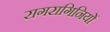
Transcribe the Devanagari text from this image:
रागरागिनियों